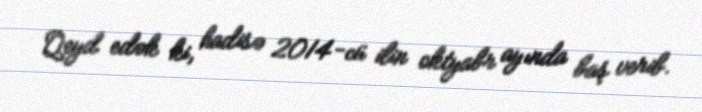
Qeyd edək ki, hadisə 2014-cü ilin oktyabr ayında baş verib.